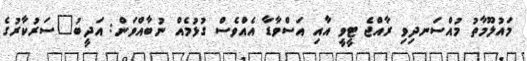
މައުލޫމާތު މުއްސަނދިވި ރާއްޖެ ޓީވީ އާއި އަސްވާޑާ އެއްވެސް ގުޅުމެއް ނުބާއްވަން: އަދީބު"ސަރުކާރުގެ